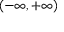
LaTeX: ( - \infty , + \infty )